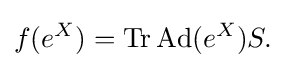
\displaystyle {f(e^{X})=\mathrm {Tr} \,\mathrm {Ad} (e^{X})S.}